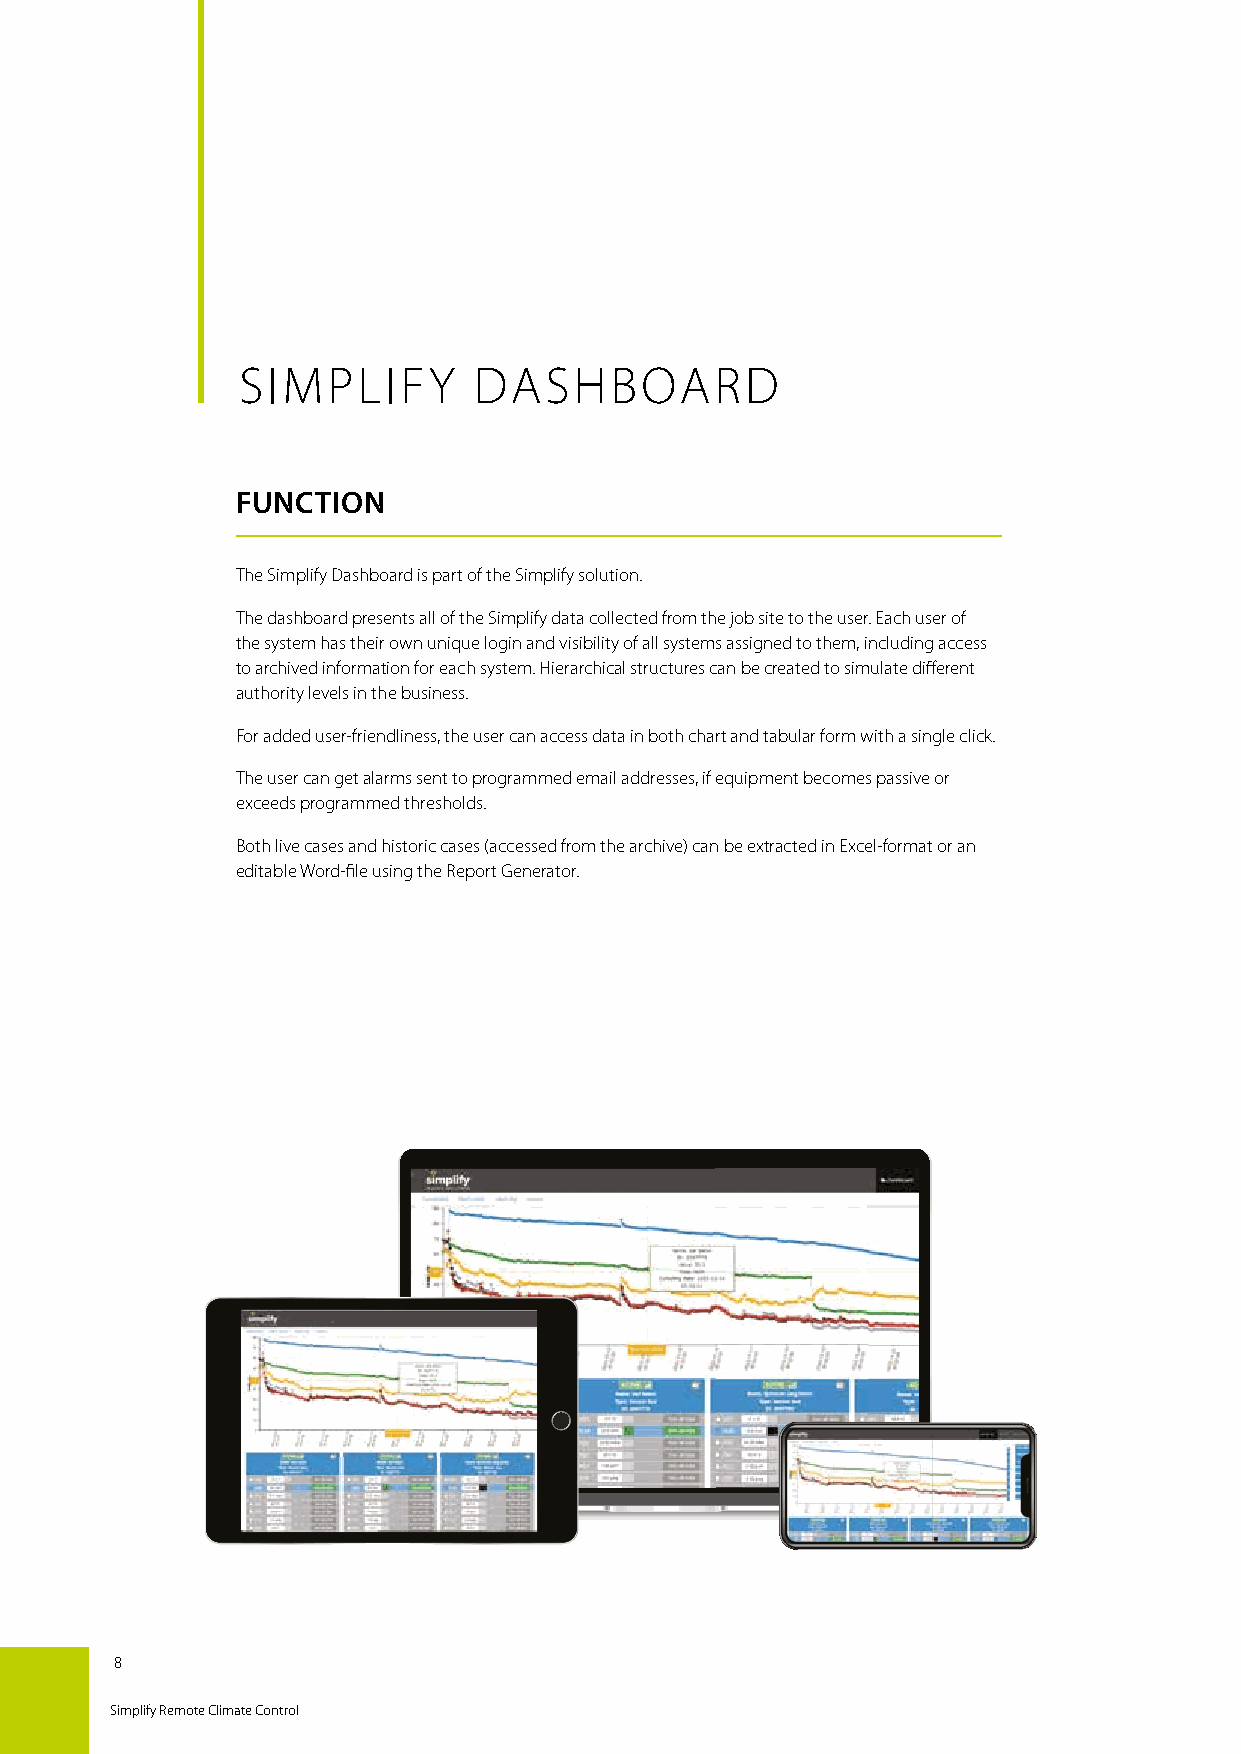
SIMPLIFY       DASHBOARD
 FUNCTION
 The Simplify Dashboard is part of the Simplify solution.
 The dashboard presents all of the Simplify data collected from the job site to the user. Each user of
 the system has their own unique login and visibility of all systems assigned to them, including access
 to archived information for each system. Hierarchical structures can be created to simulate different
 authority levels in the business.
 For added user-friendliness, the user can access data in both chart and tabular form with a single click.
 The user can get alarms sent to programmed email addresses, if equipment becomes passive or
 exceeds programmed thresholds.
 Both live cases and historic cases (accessed from the archive) can be extracted in Excel-format or an
 editable Word-file using the Report Generator.
 8
 Simplify Remote Climate Control